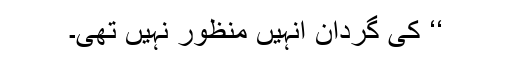
‘‘ کی گردان انہیں منظور نہیں تھی۔